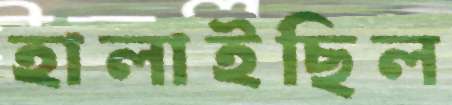
হালাইছিল